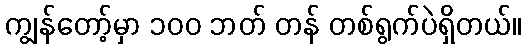
ကျွန်တော့်မှာ ၁၀၀ ဘတ် တန် တစ်ရွက်ပဲရှိတယ်။